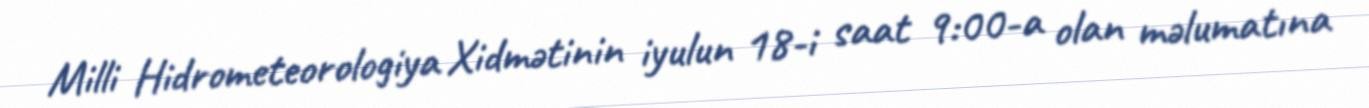
Milli Hidrometeorologiya Xidmətinin iyulun 18-i saat 9:00-a olan məlumatına